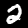
Label: 2